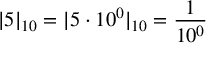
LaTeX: | 5 | _ { 1 0 } = | 5 \cdot 1 0 ^ { 0 } | _ { 1 0 } = { \frac { 1 } { 1 0 ^ { 0 } } }